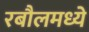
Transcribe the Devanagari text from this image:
रबौलमध्ये